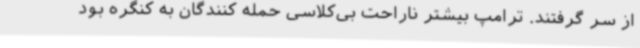
از سر گرفتند. ترامپ بیشتر ناراحت بی‌کلاسی حمله کنندگان به کنگره بود